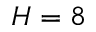
H = 8